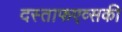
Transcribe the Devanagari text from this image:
दस्ताफएव्सकी